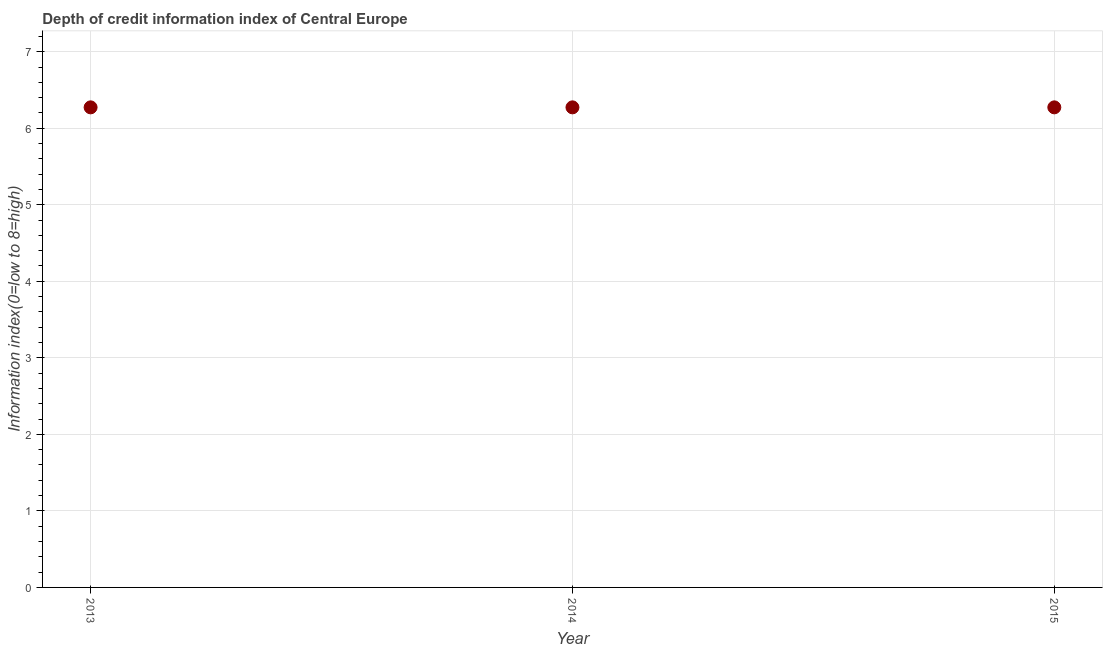
| Year | Depth of credit information index |
 | --- | --- |
 | 2013 | 6.27 |
 | 2014 | 6.27 |
 | 2015 | 6.27 |